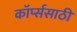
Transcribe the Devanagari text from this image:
कॉर्प्ससाठी